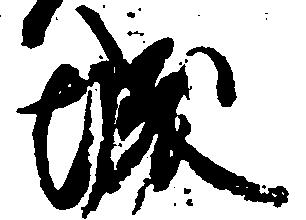
城